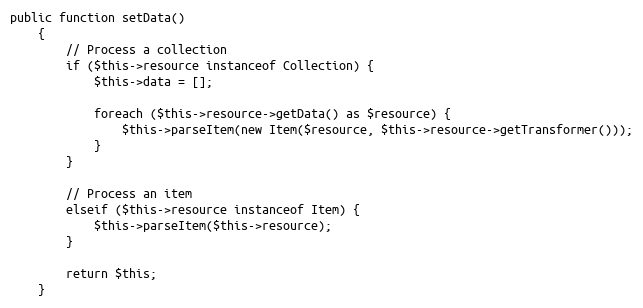
Language: PHP
public function setData()
    {
        // Process a collection
        if ($this->resource instanceof Collection) {
            $this->data = [];

            foreach ($this->resource->getData() as $resource) {
                $this->parseItem(new Item($resource, $this->resource->getTransformer()));
            }
        }

        // Process an item
        elseif ($this->resource instanceof Item) {
            $this->parseItem($this->resource);
        }

        return $this;
    }